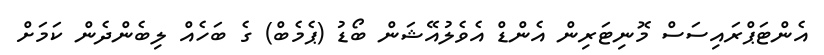
އެންޓަޕްރައިސަސް މޮނިޓަރިން އެންޑް އެވެލުއޭޝަން ބޯޑު (ޕެމެބް) ގެ ބަހެއް ލިބެންދެން ކަމަށް